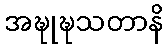
အဍ္ဎုဍ္ဎသတာနိ